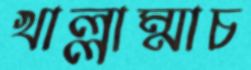
খাল্লাম্মাচ